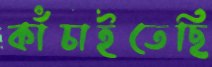
কাঁচাইতেছি